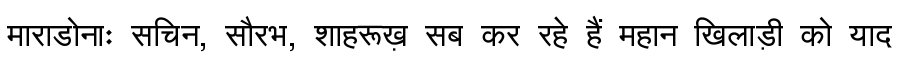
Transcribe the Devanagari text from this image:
माराडोनाः सचिन, सौरभ, शाहरूख़ सब कर रहे हैं महान खिलाड़ी को याद